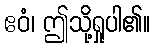
ဧဝံ၊ ဤသို့ရှုပါ၏။